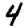
Digit: 4